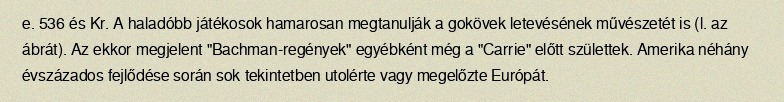
e. 536 és Kr. A haladóbb játékosok hamarosan megtanulják a gokövek letevésének művészetét is (l. az ábrát). Az ekkor megjelent "Bachman-regények" egyébként még a "Carrie" előtt születtek. Amerika néhány évszázados fejlődése során sok tekintetben utolérte vagy megelőzte Európát.